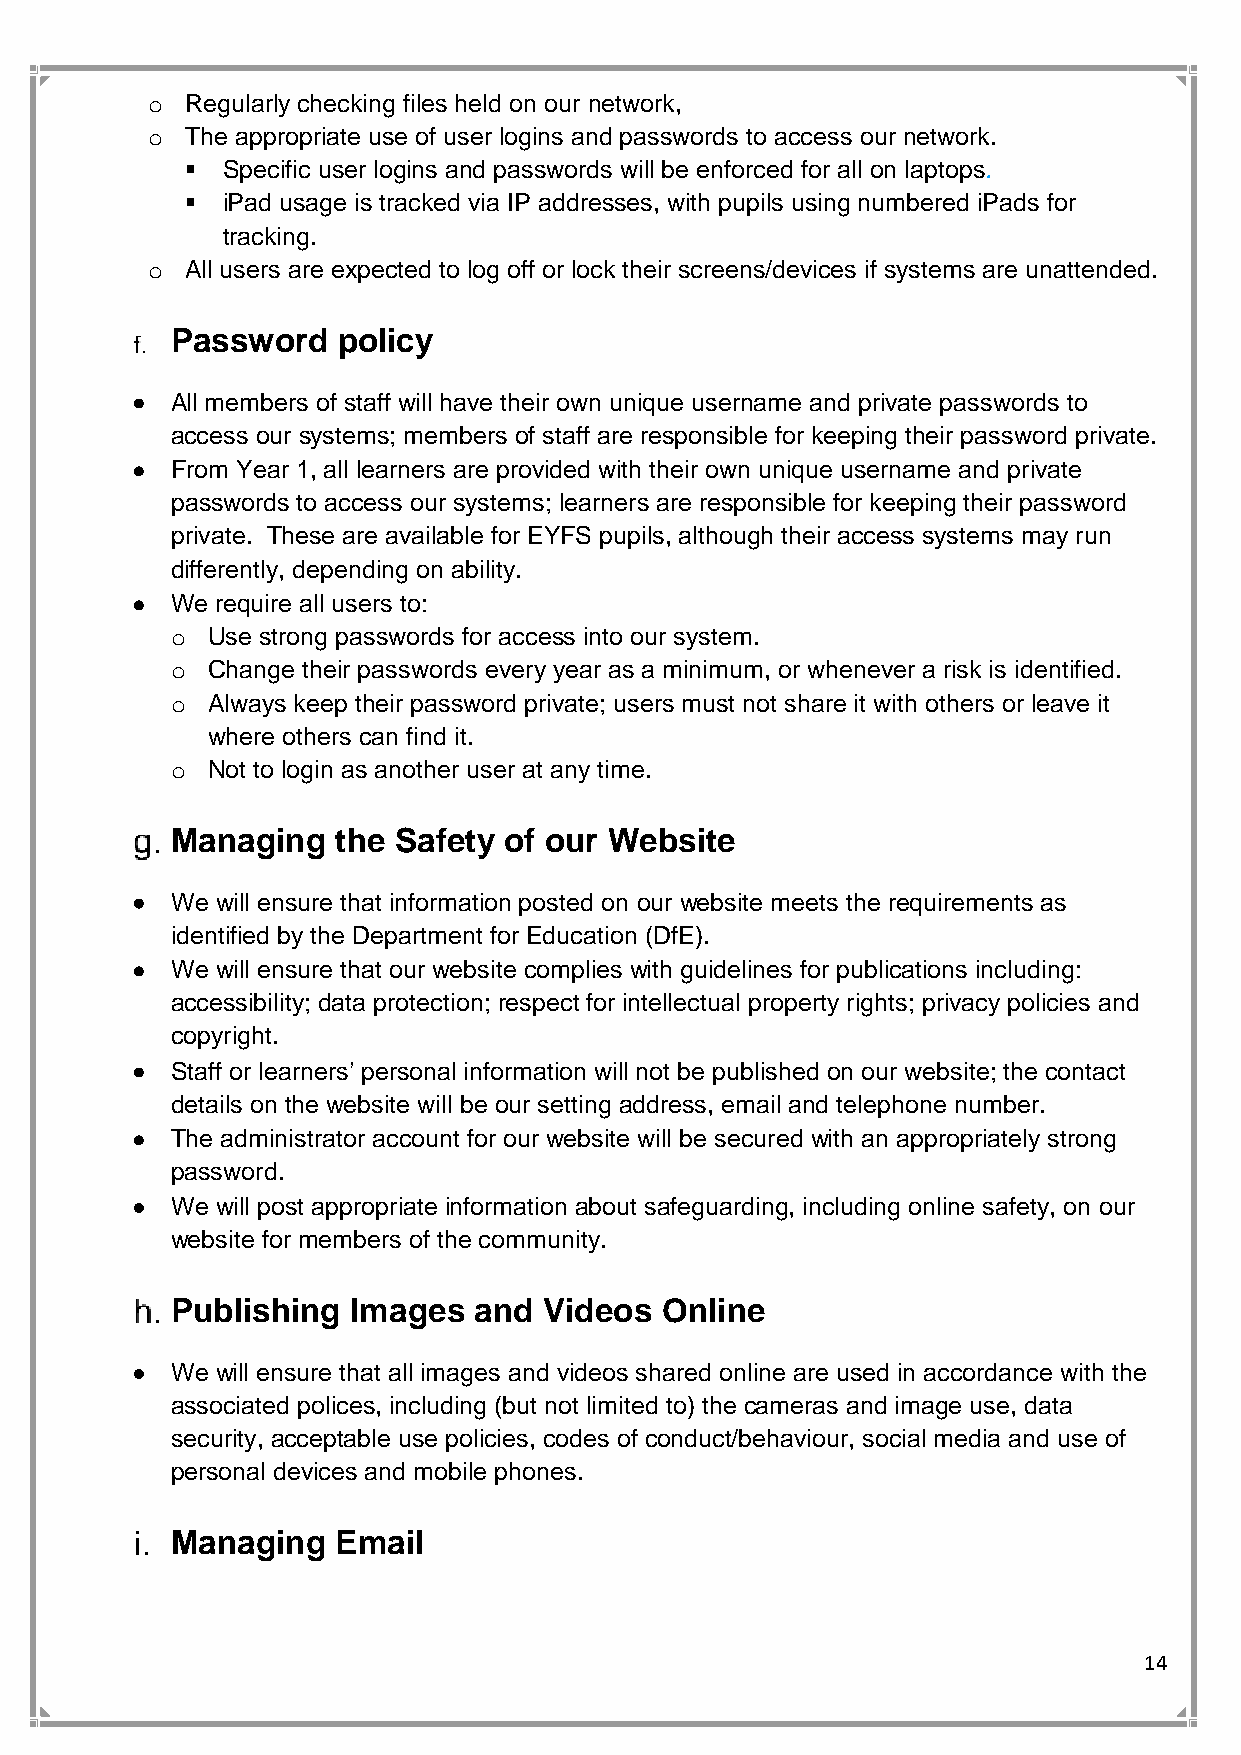
o Regularly checking files held on our network,
 o The appropriate use of user logins and passwords to access our network.
 ▪  Specific user logins and passwords will be enforced for all on laptops.
 ▪  iPad usage is tracked via IP addresses, with pupils using numbered iPads for
 tracking.
 o All users are expected to log off or lock their screens/devices if systems are unattended.
 Password   policy
 • All members of staff will have their own unique username and private passwords to
 access our systems; members of staff are responsible for keeping their password private.
 • From Year 1, all learners are provided with their own unique username and private
 passwords to access our systems; learners are responsible for keeping their password
 private. These are available for EYFS pupils, although their access systems may run
 differently, depending on ability.
 • We require all users to:
 o  Use strong passwords for access into our system.
 o  Change their passwords every year as a minimum, or whenever a risk is identified.
 o  Always keep their password private; users must not share it with others or leave it
 where others can find it.
 o  Not to login as another user at any time.
 Managing   the Safety of our Website
 • We will ensure that information posted on our website meets the requirements as
 identified by the Department for Education (DfE).
 • We will ensure that our website complies with guidelines for publications including:
 accessibility; data protection; respect for intellectual property rights; privacy policies and
 copyright.
 • Staff or learners’ personal information will not be published on our website; the contact
 details on the website will be our setting address, email and telephone number.
 • The administrator account for our website will be secured with an appropriately strong
 password.
 • We will post appropriate information about safeguarding, including online safety, on our
 website for members of the community.
 Publishing  Images  and  Videos  Online
 • We will ensure that all images and videos shared online are used in accordance with the
 associated polices, including (but not limited to) the cameras and image use, data
 security, acceptable use policies, codes of conduct/behaviour, social media and use of
 personal devices and mobile phones.
 Managing   Email
 14